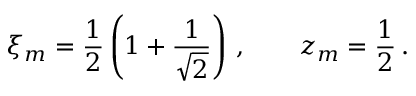
\xi _ { m } = \frac 1 2 \left( 1 + \frac 1 { \sqrt { 2 } } \right) \, , \qquad z _ { m } = \frac 1 2 \, .